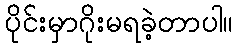
ပိုင်းမှာဂိုးမရခဲ့တာပါ။